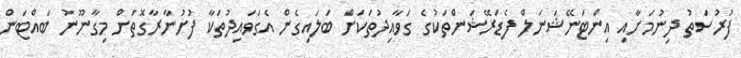
ފުރުސަތު ދިނުމަށާއި އިންޓަނޭޝަނަލް ފެޑަރޭޝަންތަކުގެ ގަވާއިދުތަކަށް ބަލައިގެން އެގަވައިދުތަކާ ފުށުނާރާގޮތަށް މިގާނޫނު ބައްޓަން